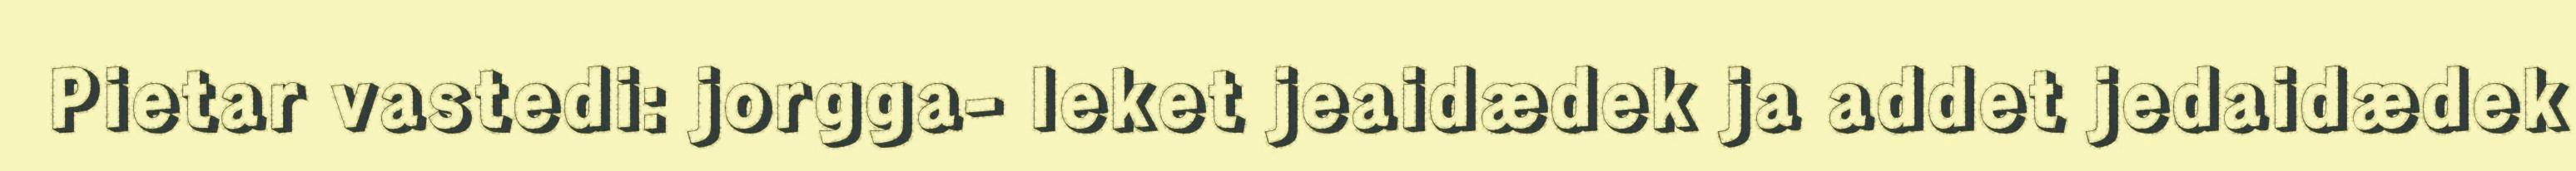
Pietar vastedi: jorgga- leket jeaidædek ja addet jedaidædek